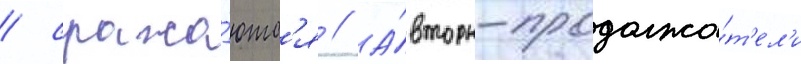
/ сража́ютс'я // А́вторы-продолжа́т'ел'и